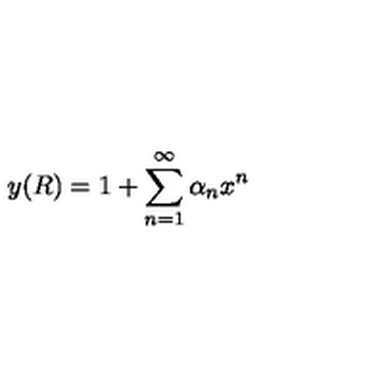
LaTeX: y ( R ) = 1 + \sum _ { n = 1 } ^ { \infty } \alpha _ { n } x ^ { n }